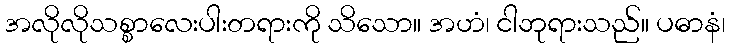
အလိုလိုသစ္စာလေးပါးတရားကို သိသော။ အဟံ၊ ငါဘုရားသည်။ ပဓာနံ၊